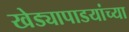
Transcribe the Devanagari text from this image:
खेड्यापाडयांच्या